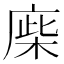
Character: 𢉪